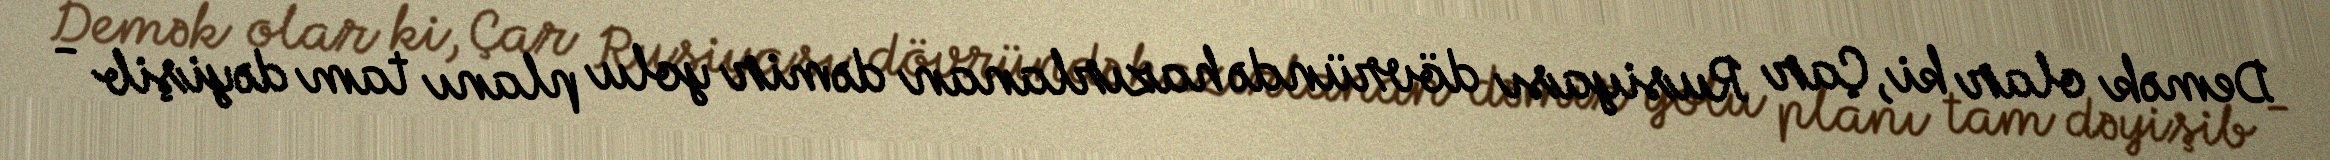
Demək olar ki, Çar Rusiyası dövründə hazırlanan dəmir yolu planı tam dəyişib -